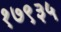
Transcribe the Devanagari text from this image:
१७९३५